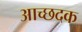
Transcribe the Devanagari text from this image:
आच्छदक